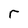
Character: r